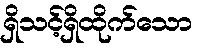
ရှိသင့်ရှိထိုက်သော